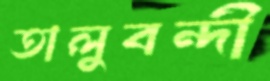
তালুবন্দী